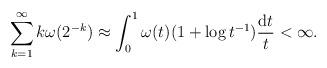
LaTeX: \begin{align*} \sum_{k=1}^{\infty} k \omega(2^{-k}) &\approx \int_{0}^{1} \omega(t) (1+\log t^{-1}) \frac{\mathrm{d}t}{t} <\infty.\end{align*}